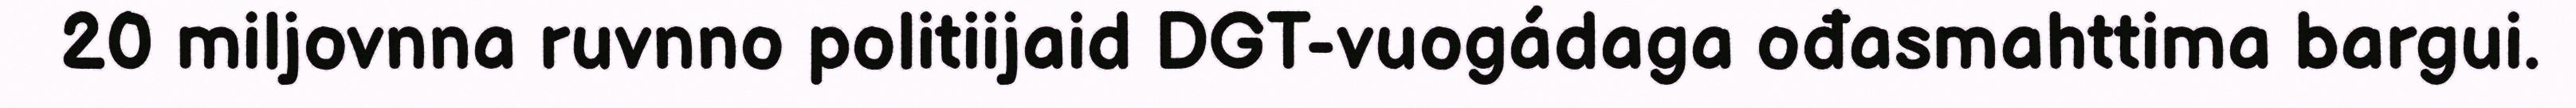
20 miljovnna ruvnno politiijaid DGT-vuogádaga ođasmahttima bargui.